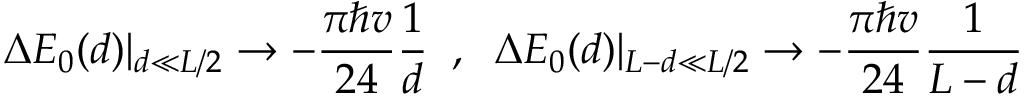
\Delta E _ { 0 } ( d ) | _ { d \ll L / 2 } \to - \frac { \pi \hbar v } { 2 4 } \frac { 1 } { d } \; \; , \; \; \Delta E _ { 0 } ( d ) | _ { L - d \ll L / 2 } \to - \frac { \pi \hbar v } { 2 4 } \frac { 1 } { L - d }